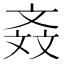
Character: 𣁕